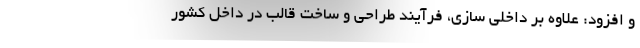
و افزود: علاوه بر داخلی سازی، فرآیند طراحی و ساخت قالب‌ در داخل کشور